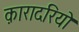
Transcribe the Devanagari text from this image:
क़ारादरियो